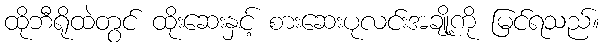
ထိုဘီရိုထဲတွင် ထိုးဆေးနှင့် စားဆေးပုလင်းအချို့ကို မြင်ရသည်။